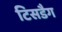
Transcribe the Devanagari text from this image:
टिसडैग